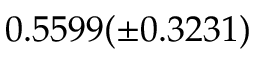
0 . 5 5 9 9 ( \pm 0 . 3 2 3 1 )